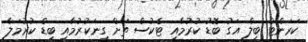
ކަރަންޓް ބިލް އަގު ބޮޑު ކުރުމާއި ޓެކުސް ތަށް ގިނަކުރުމާއި ބިޑް ކުރުމަލާ